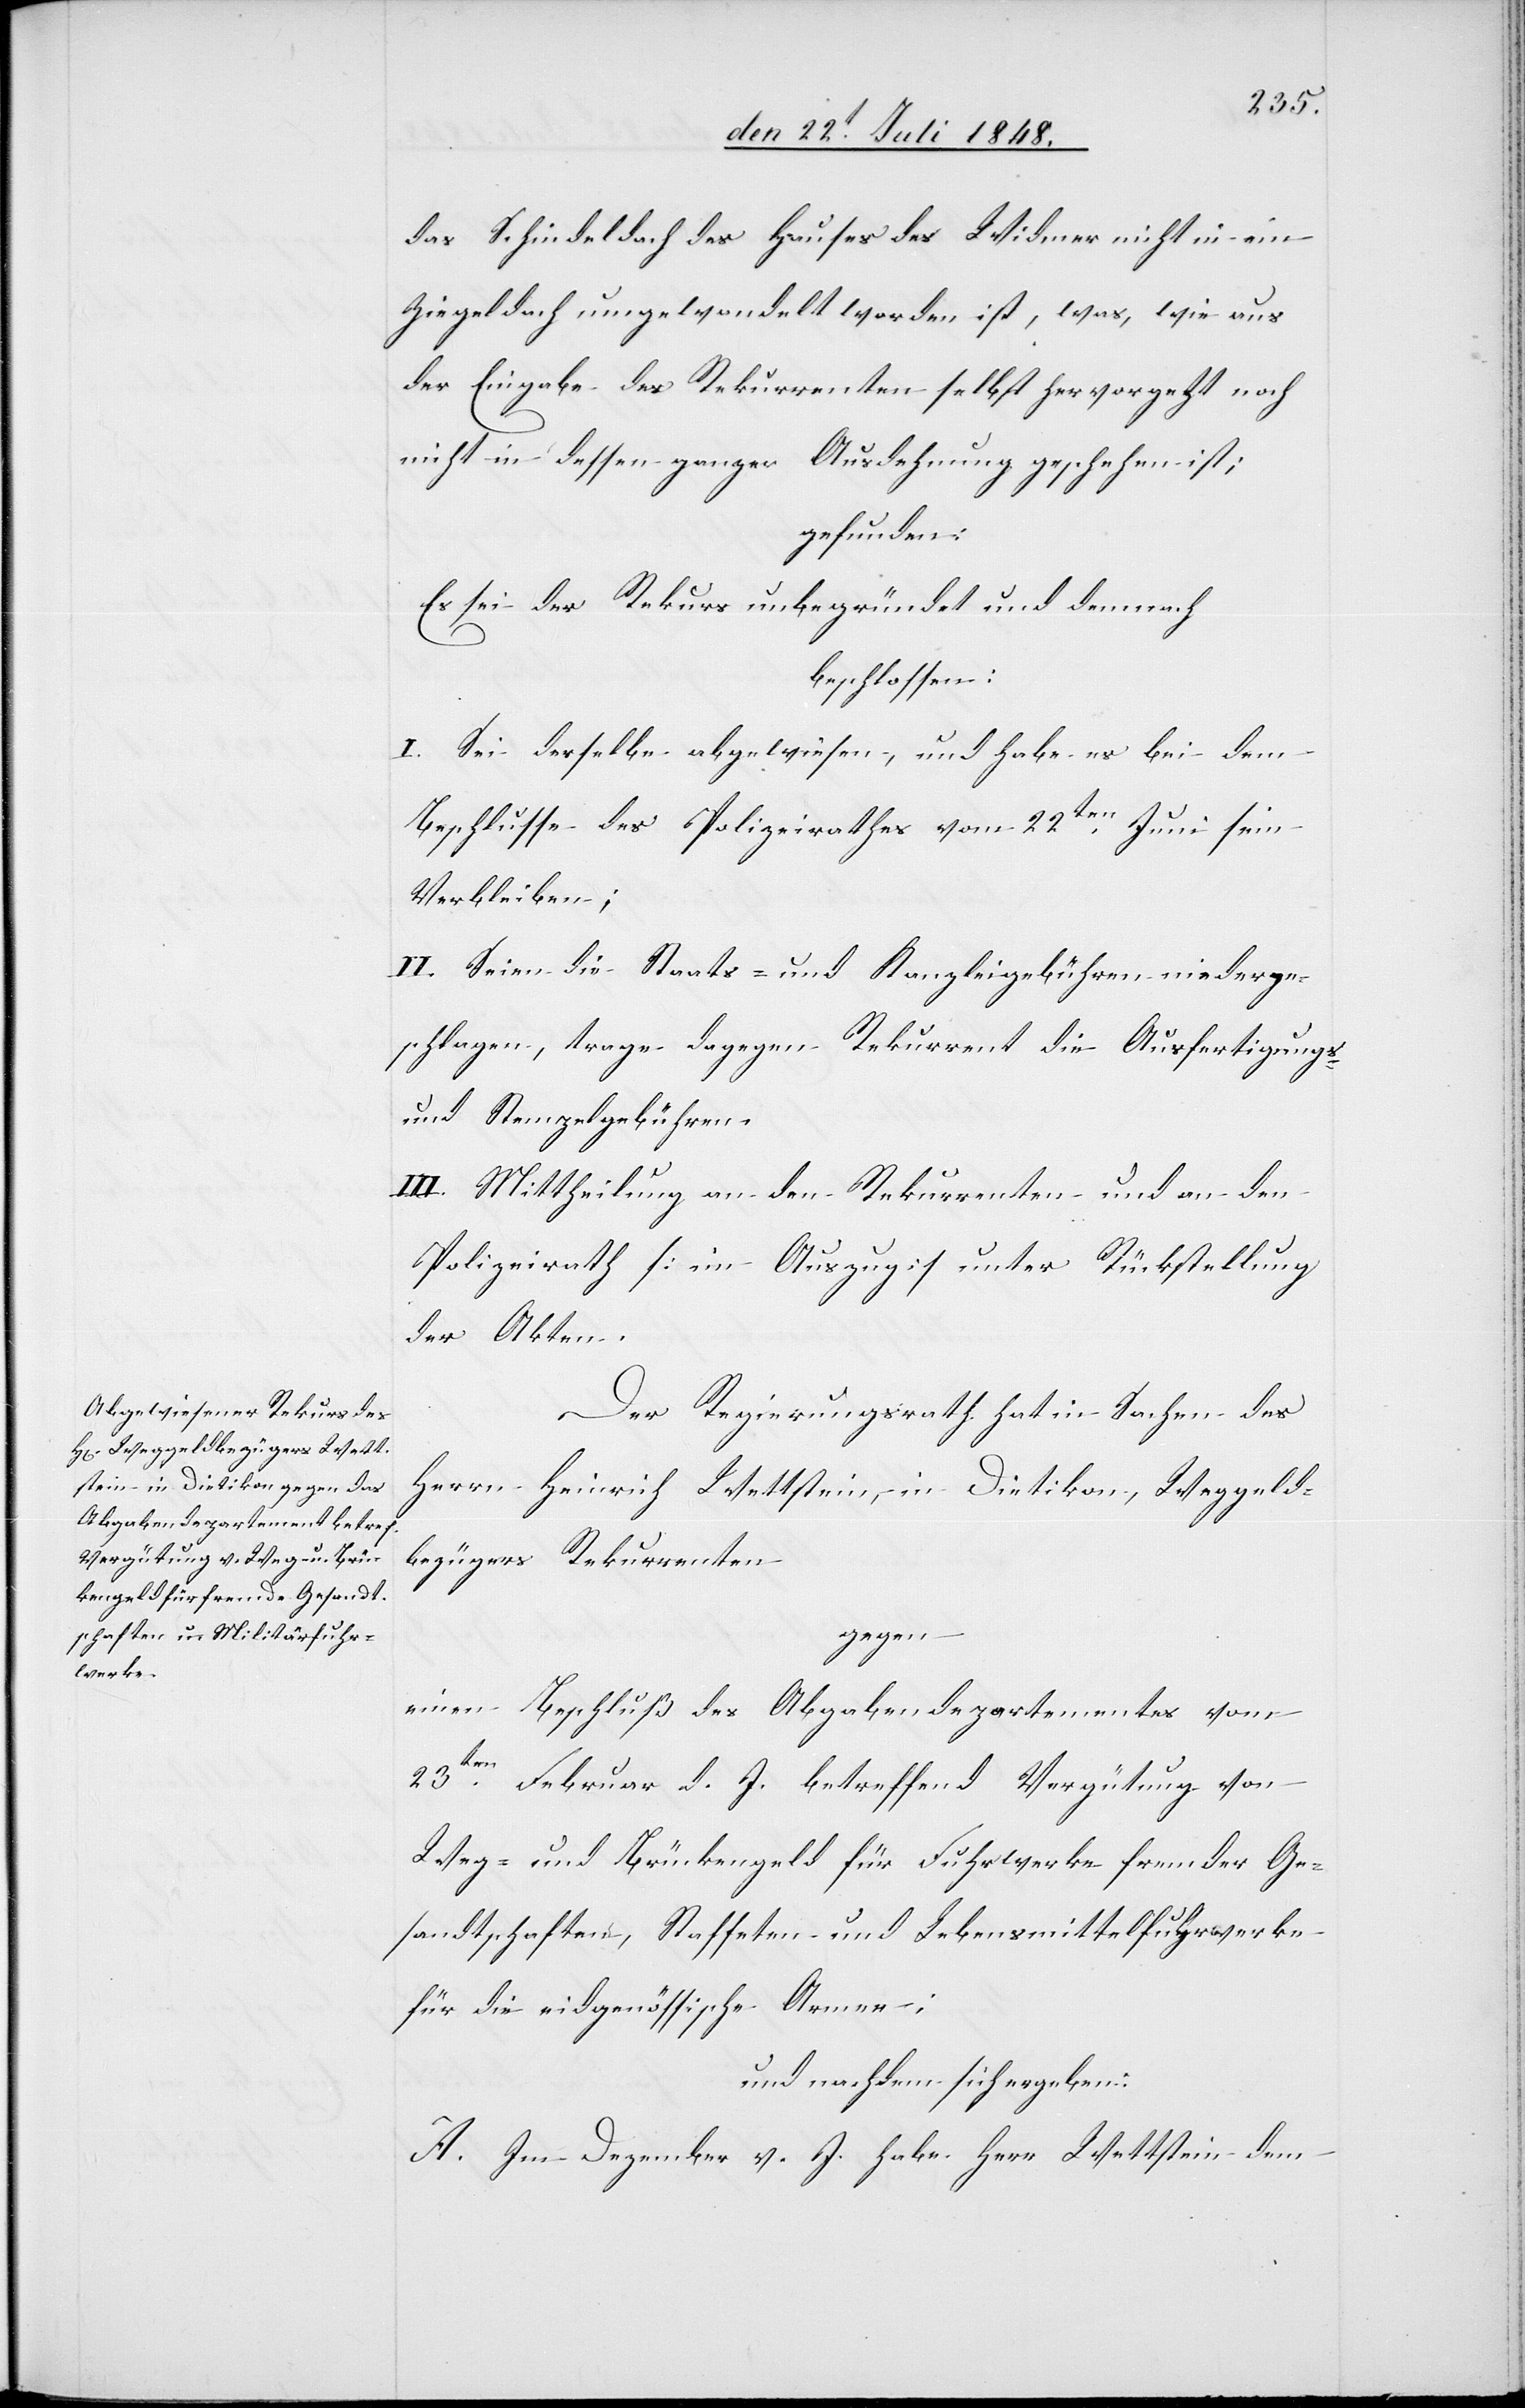
das Schindeldach des Hauses des Widmer nicht in ein
Ziegeldach umgewandelt worden ist, was, wie aus
der Eingabe des Rekurrenten selbst hervorgeht noch
nicht in dessen ganzer Ausdehnung geschehen ist;
gefunden:
Es sei der Rekurs unbegründet und demnach
beschlossen:
I. Sei derselbe abgewiesen, und habe es bei dem
Beschlusse des Polizeirathes vom 22ten Juni sein
Verbleiben;
II. Seien die Staats- und Kanzleigebühren niederge¬
schlagen, trage dagegen Rekurrent die Ausfertigungs-
und Stempelgebühren.
III. Mittheilung an den Rekurrenten und an den
Polizeirath [im Auszug] unter Rückstellung
der Akten.
Der Regierungsrath hat in Sachen des
Herrn Heinrich Wettstein, in Dietikon, Weggeld¬
bezügers Rekurrenten
gegen
einen Beschluß des Abgabendepartementes vom
23ten Februar d. J. betreffend Vergütung von
Weg- und Brückengeld für Fuhrwerke fremder Ge¬
sandtschaften, Staffeten- und Lebensmittelfuhrwerke
für die eidgenössische Armee;
und nachdem sich ergeben:
A. Im Dezember v. J. habe Herr Wettstein dem